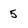
Character: 5